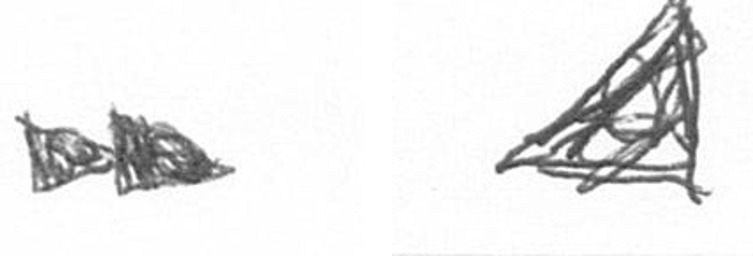
A O